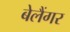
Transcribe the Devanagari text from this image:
बेलैंगर